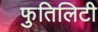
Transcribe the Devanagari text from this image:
फुतिलिटी